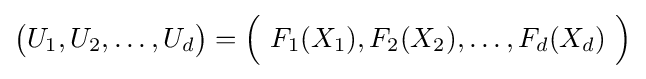
{\bigl (}U_{1},U_{2},\dots ,U_{d}{\bigr )}={\Bigl (}\ F_{1}(X_{1}),F_{2}(X_{2}),\dots ,F_{d}(X_{d})\ {\Bigr )}